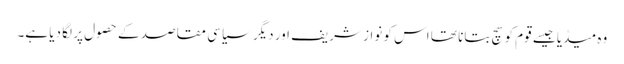
وہ میڈیا جیسے قوم کو سچ بتانا تھا اس کو نواز شریف اور دیگر سیاسی مقاصد کے حصول پر لگا دیا ہے۔